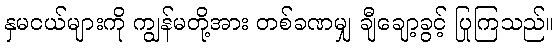
နှမငယ်များကို ကျွန်မတို့အား တစ်ခဏမျှ ချီချော့ခွင့် ပြုကြသည်။